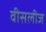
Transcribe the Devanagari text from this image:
वीसलीज